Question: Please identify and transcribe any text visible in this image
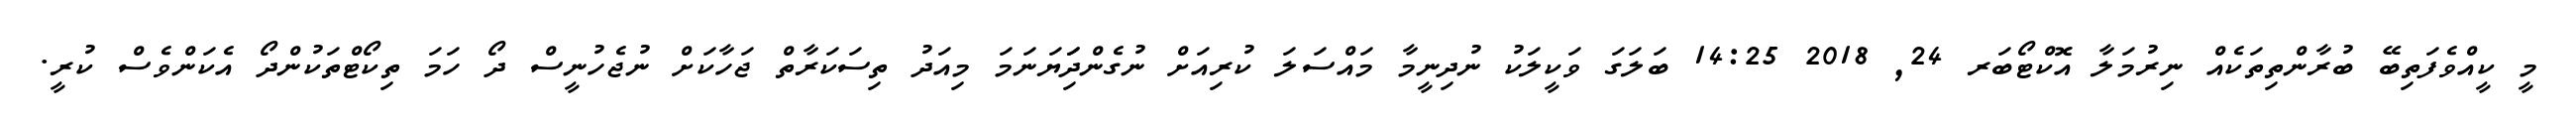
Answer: މީ ކީއްވެފަތިބޭ ބުރާންތިތަކެއް ނިރުމަލާ އޮކްޓޯބަރ 24, 2018 14:25 ބަލަގަ ވަކީލަކު ނުދިނީމާ މައްސަލަ ކުރިއަށް ނުގެންދިަަޔަނަމަ މިއަދު ތިސަކަރާތް ޖަހާކަށް ނުޖެހުނީސް ދޯ ހަމަ ތިކޯޓްތަކުންދޯ އެކަންވެސް ކުރީ.